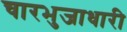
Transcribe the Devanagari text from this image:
चारभुजाधारी